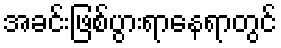
အခင်းဖြစ်ပွားရာနေရာတွင်